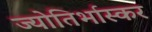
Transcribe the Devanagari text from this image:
ज्योतिर्भास्कर